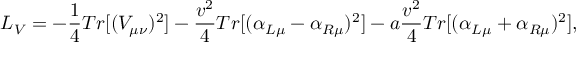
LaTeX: { \cal L } _ { V } = - \frac { 1 } { 4 } T r [ ( V _ { \mu \nu } ) ^ { 2 } ] - \frac { v ^ { 2 } } { 4 } T r [ ( \alpha _ { L \mu } - \alpha _ { R \mu } ) ^ { 2 } ] - a \frac { v ^ { 2 } } { 4 } T r [ ( \alpha _ { L \mu } + \alpha _ { R \mu } ) ^ { 2 } ] ,